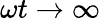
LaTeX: \omega t\rightarrow\infty